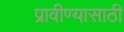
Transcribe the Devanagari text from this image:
प्रावीण्यासाठी